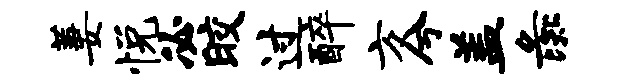
萋悦必皎过醉方兮盖彘